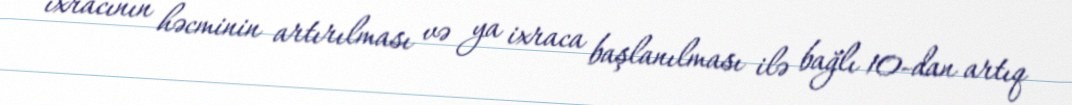
ixracının həcminin artırılması və ya ixraca başlanılması ilə bağlı 10-dan artıq